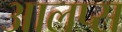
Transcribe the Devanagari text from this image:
आलप्स